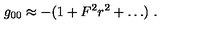
g _ { 0 0 } \approx - ( 1 + F ^ { 2 } r ^ { 2 } + \ldots ) \ .